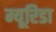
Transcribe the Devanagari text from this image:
म्यूरिडा